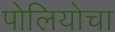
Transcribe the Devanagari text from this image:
पोलियोचा